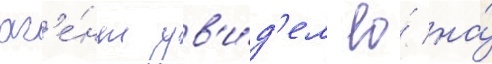
аг'е́нт ув'и́д'ел ео́ на́